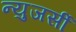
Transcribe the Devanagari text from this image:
न्युजर्सी